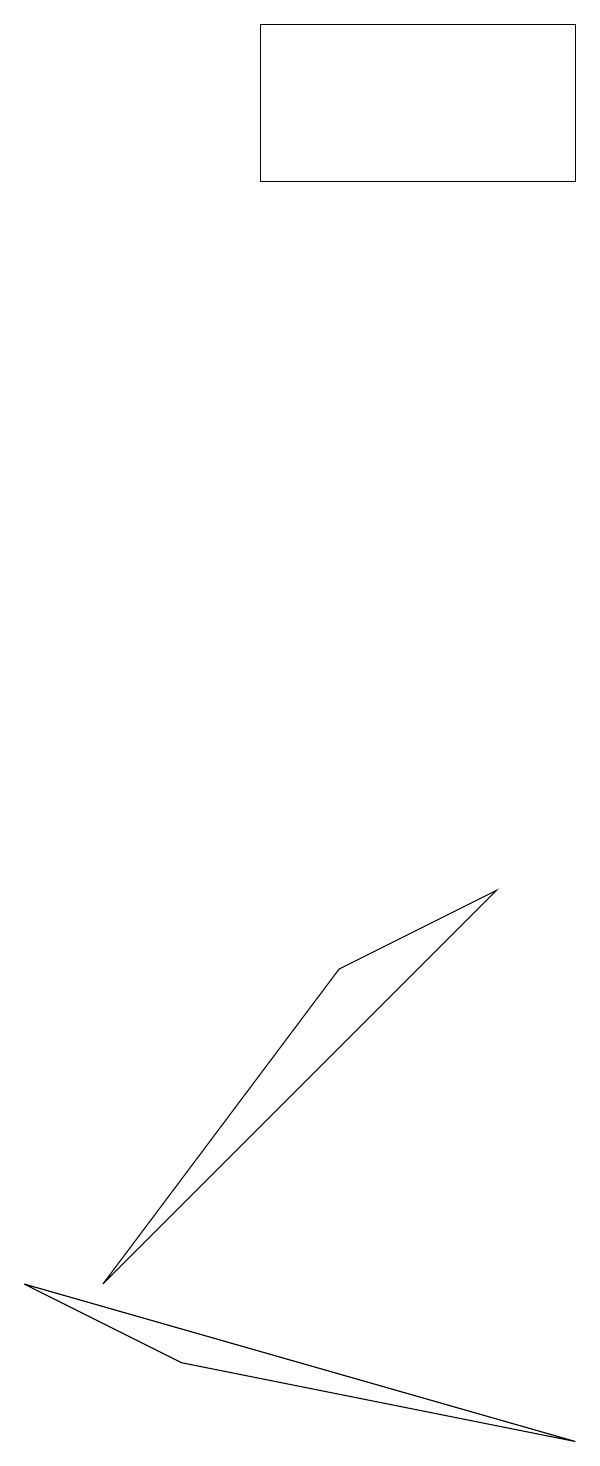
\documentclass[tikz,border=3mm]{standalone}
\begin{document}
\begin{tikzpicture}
\draw (5,6) -- (7,7) -- (2,2) -- cycle;
\draw (3,1) -- (8,0) -- (1,2) -- cycle;
\draw (4,16) rectangle (8,18);
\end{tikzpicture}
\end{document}